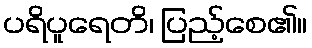
ပရိပူရေတိ၊ ပြည့်စေ၏။